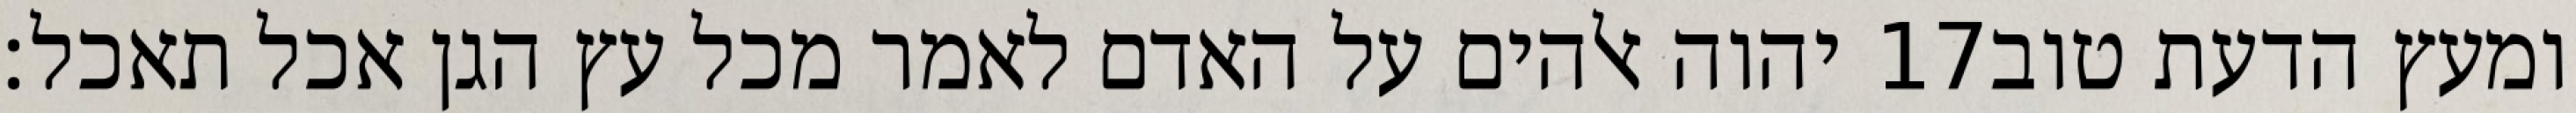
יהוה אלהים על האדם לאמר מכל עץ הגן אכל תאכל׃ ‎17‏ ומעץ הדעת טוב